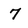
Character: 7